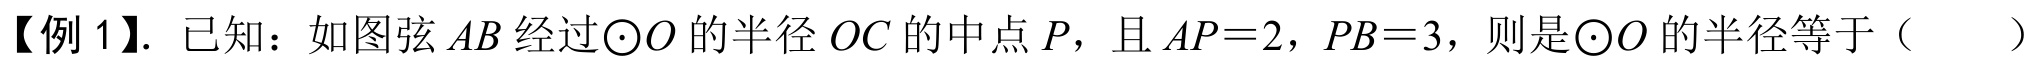
【例1】. 已知：如图弦$AB$经过$\odot O$的半径$OC$的中点$P$，且$AP = 2$，$PB = 3$，则是$\odot O$的半径等于（  ）